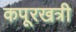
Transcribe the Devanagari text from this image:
कपूरखत्री